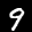
Label: 9